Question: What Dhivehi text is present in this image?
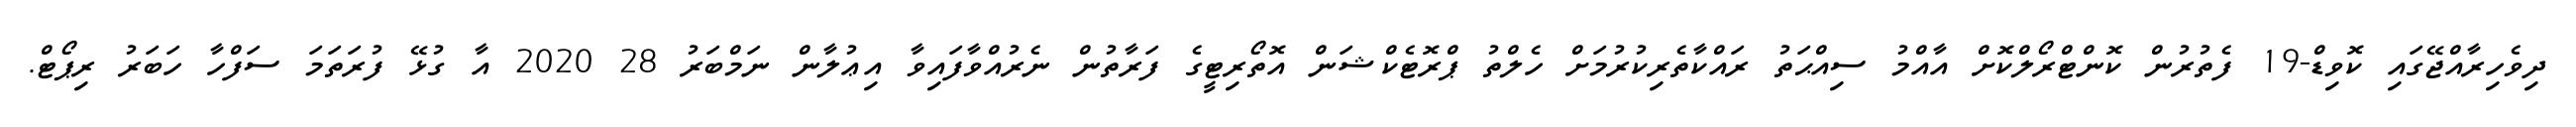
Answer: ދިވެހިރާއްޖޭގައި ކޮވިޑް-19 ފެތުރުން ކޮންޓްރޯލްކޮށް އާއްމު ސިއްޙަތު ރައްކާތެރިކުރުމަށް ހެލްތު ޕްރޮޓެކްޝަން އޮތޯރިޓީގެ ފަރާތުން ނެރުއްވާފައިވާ އިޢުލާން ނަމްބަރު 28 2020 އާ ގުޅޭ ފުރަތަމަ ސަފްހާ ހަބަރު ރިޕޯޓް.